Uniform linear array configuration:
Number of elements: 12
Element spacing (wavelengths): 0.75
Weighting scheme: hamming
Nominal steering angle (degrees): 60
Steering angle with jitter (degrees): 60.25
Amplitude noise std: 0.05
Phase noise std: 0.05

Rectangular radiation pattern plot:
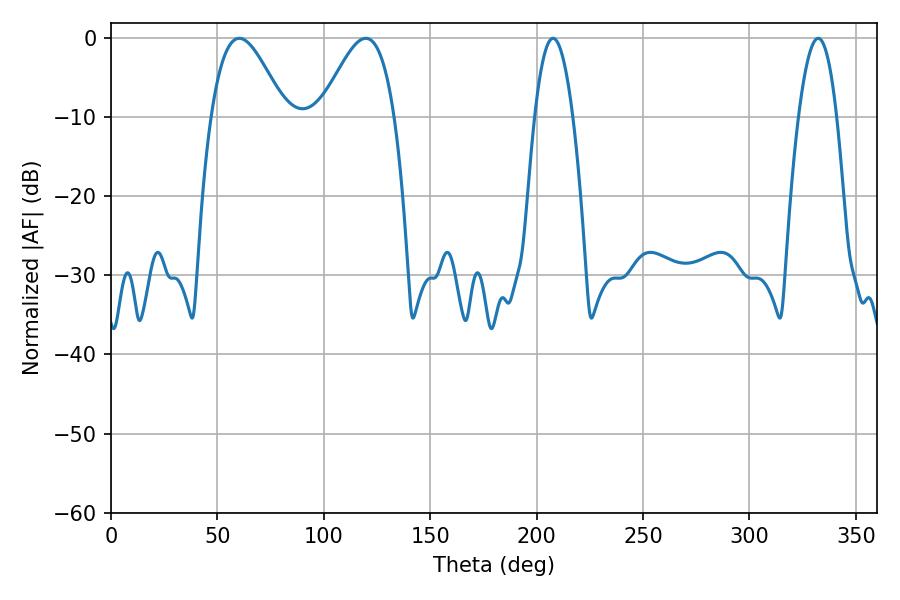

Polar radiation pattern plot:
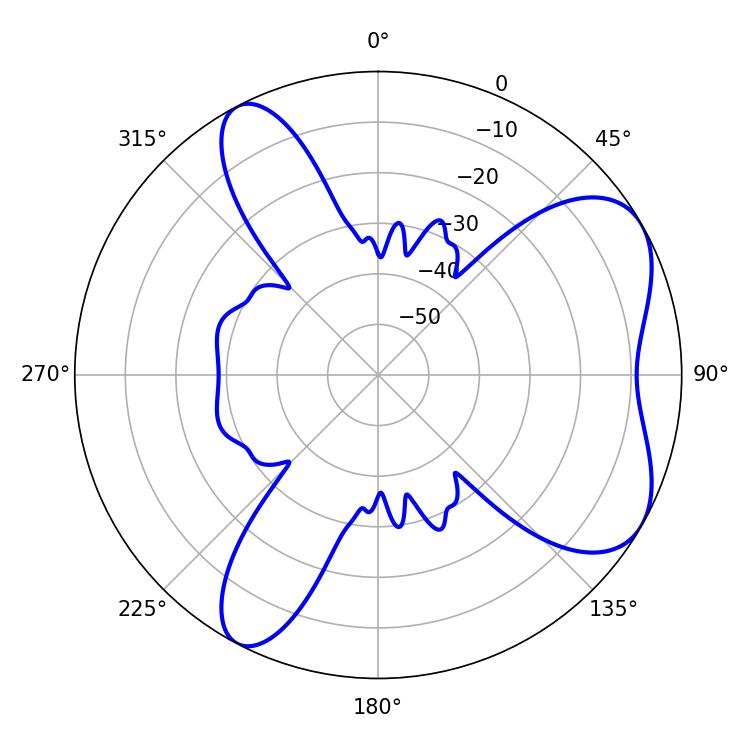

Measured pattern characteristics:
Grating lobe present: TRUE
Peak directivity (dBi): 6.186
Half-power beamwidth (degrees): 18.54
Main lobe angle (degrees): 60.3